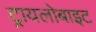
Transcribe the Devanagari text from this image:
ट्रायलोबाइट